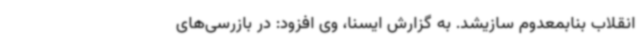
انقلاب بنابمعدوم سازیشد. به گزارش ایسنا، وی افزود: در بازرسی‌های